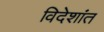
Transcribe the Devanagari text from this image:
विदेशांत